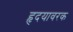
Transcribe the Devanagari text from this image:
हृदयावरक